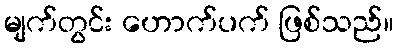
မျက်တွင်း ဟောက်ပက် ဖြစ်သည်။